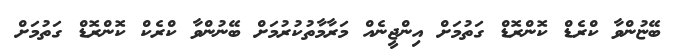
ބޭޏުންވާ ކްރެޑް ކޮންރޮޑް ގަތުމަށް އިންޖީނެއް މަރާމާތުކުރުމަށް ބޭނުންވާ ކްރެކް ކޮންރޮޑް ގަތުމަށް